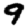
Digit: 9